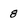
Character: 8